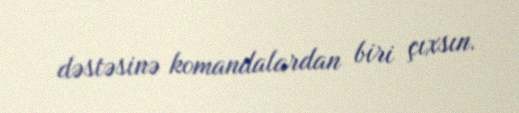
dəstəsinə komandalardan biri çıxsın.